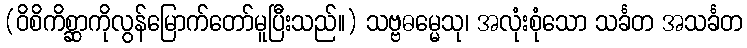
(ဝိစိကိစ္ဆာကိုလွန်မြောက်တော်မူပြီးသည်။) သဗ္ဗဓမ္မေသု၊ အလုံးစုံသော သင်္ခတ အသင်္ခတ